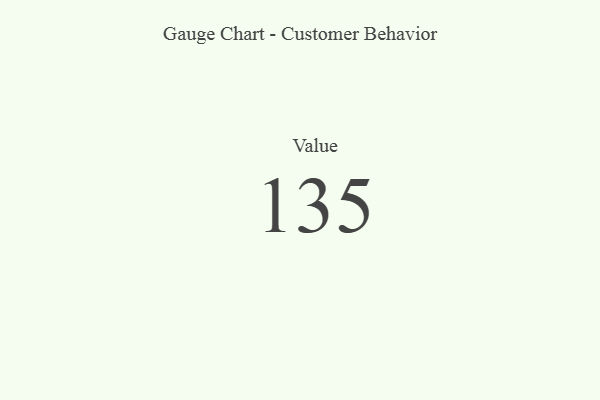
{"axis": {"x": "Metric", "y": "Value"}, "legend": [""], "data": [{"x": "Value", "y": 135, "type": ""}]}